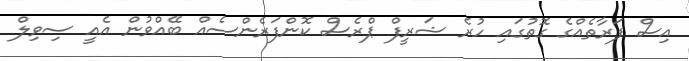
އިސް ފަރާތެއްގެ ގޮތުގައި ހުރެ ޝަރީފް ޕްރެސް ކޮންފަރެންސެއް ބޭއްވުން އެއީ ސިވިލް